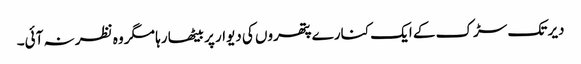
دیر تک سڑک کے ایک کنارے پتھروں کی دیوار پر بیٹھا رہا مگر وہ نظر نہ آئی۔